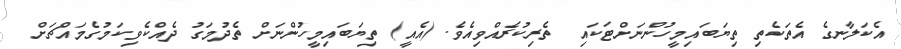
އެކަލާނގެ އެތަކެތި ތިޔަބައިމީހުންނަށްޓަކައި  ތެރިކުރެއްވިއެވެ. (އެއީ) ތިޔަބައިމީހުންނަށް ތެދުމަގު ދެއްކެވިކަމުގެމައްޗަށް